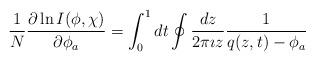
LaTeX: \begin{align*}\frac{1}{N}\frac{\partial \ln I(\phi,\chi)}{\partial \phi_a} = \int_0^1 dt\oint \frac{dz}{2\pi \imath z} \frac{1}{q(z,t)-\phi_a}\end{align*}